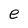
Character: e